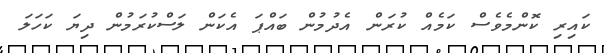
ކައިރި ކޮންމެވެސް ކަމެއް ކުރަން އެދުމުން ބައްޕަ އެކަން ލަސްކުރަމުން ދިޔަ ކަހަލަ